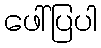
ဖေါ်ပြပါ